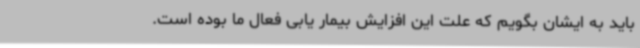
باید به ایشان بگویم که علت این افزایش بیمار یابی فعال ما بوده است.